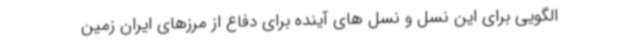
الگویی برای این نسل و نسل های آینده برای دفاع از مرزهای ایران زمین